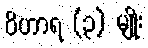
ဝိဟာရ (၃) မျိုး